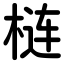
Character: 梿